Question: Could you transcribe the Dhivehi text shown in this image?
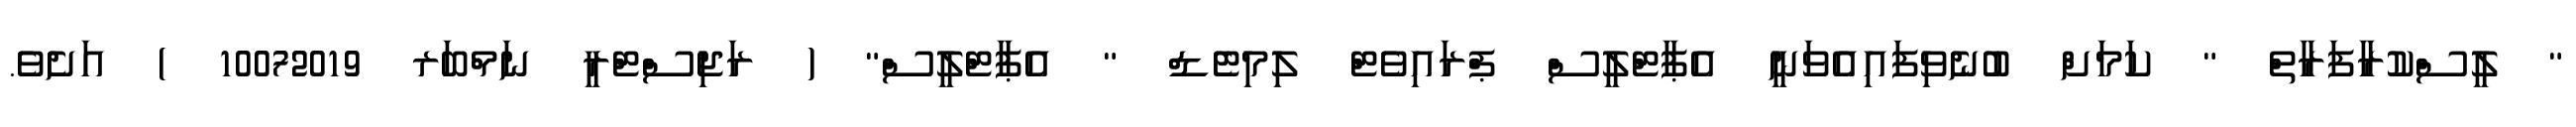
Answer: " ލީސްކުރާފަރާތް " ކަމަށް ބުނެވިފައިއެވަނީ އެޕާޓްލީސް ޕްރައިވެޓް ލިމިޓެޑް " އެޕާޓްލީސް" ( ރަޖިސްޓްރީ ނަމްބަރ 10072019 ) އަށެވެ.